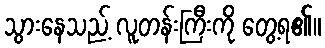
သွားနေသည့် လူတန်းကြီးကို တွေ့ရ၏။